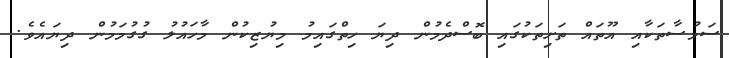
ސަމުސާތަކާއި އޫތައް ތަށިތަކުގައި ބޮސްދެމުން ދިޔަ ހިތްގައިމު މިޔުޒިކުން މާހައުލު ގުގުމަމުން ދިޔައެވެ.